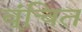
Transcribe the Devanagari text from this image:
व्ंचित